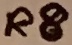
Text: R8